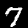
Label: 7